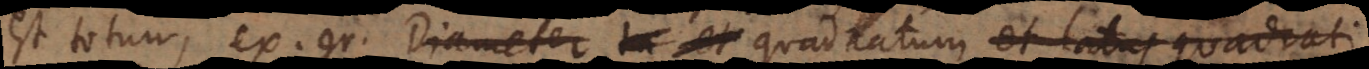
est totum, ex. gr. Diameter la et quadratum et latus quadrati